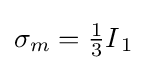
{{\sigma }_{m}}={\tfrac {1}{3}}{{I}_{\,1}}